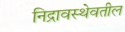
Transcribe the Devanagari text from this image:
निद्रावस्थेवतील